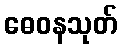
ဓေဝနသုတ်